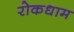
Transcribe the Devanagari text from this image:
रोकधाम